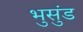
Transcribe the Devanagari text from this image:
भुसुंड